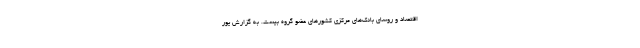
اقتصاد و روسای بانک‌های مرکزی کشورهای عضو گروه بیست. به گزارش یور